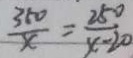
\frac { 3 5 0 } { x } = \frac { 2 5 0 } { x - 2 0 }